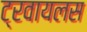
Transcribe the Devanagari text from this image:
ट्रवायलस